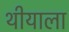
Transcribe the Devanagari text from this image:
थीयाला